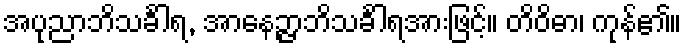
အပုညာဘိသင်္ခါရ, အာနေဉ္ဇာဘိသင်္ခါရအားဖြင့်။ တိဝိဓာ၊ ကုန်၏။